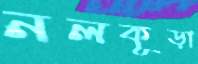
নলকূড়া